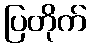
ပြတိုက်